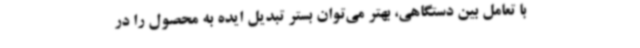
با تعامل بین دستگاهی، بهتر می‌توان بستر تبدیل ایده به محصول را در